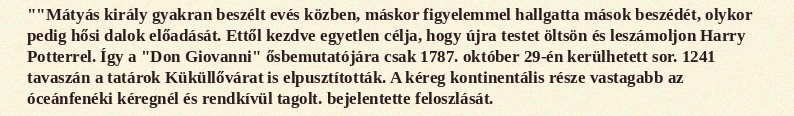
""Mátyás király gyakran beszélt evés közben, máskor figyelemmel hallgatta mások beszédét, olykor pedig hősi dalok előadását. Ettől kezdve egyetlen célja, hogy újra testet öltsön és leszámoljon Harry Potterrel. Így a "Don Giovanni" ősbemutatójára csak 1787. október 29-én kerülhetett sor. 1241 tavaszán a tatárok Küküllővárat is elpusztították. A kéreg kontinentális része vastagabb az óceánfenéki kéregnél és rendkívül tagolt. bejelentette feloszlását.